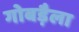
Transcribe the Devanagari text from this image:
गोबड़ैला